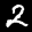
Label: 2